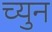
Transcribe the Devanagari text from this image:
च्युन